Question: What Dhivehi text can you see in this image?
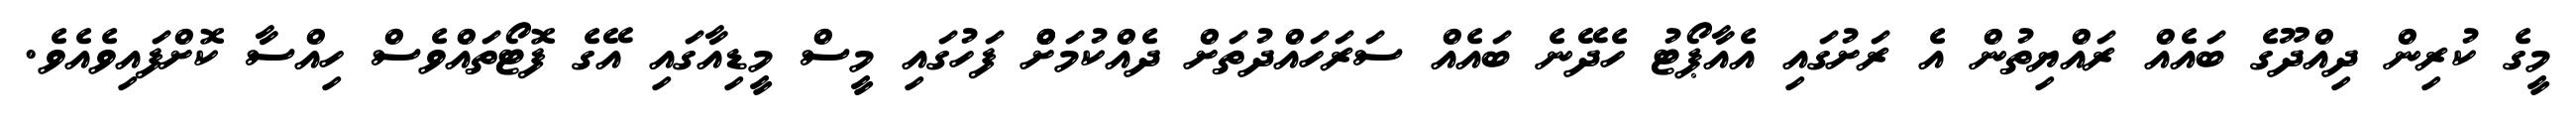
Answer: މީގެ ކުރިން ދިއްދޫގެ ބައެއް ރައްޔިތުން އެ ރަށުގައި އެއާޕޯޓު ހެދޭނެ ބައެއް ސަރަހައްދުތަށް ދެއްކުމަށްް ފަހުގައި މީސް މީޑިއާގައި އޭގެ ފޮޓޯތައްވެސް ހިއްސާ ކޮށްފައިވެއެވެ.